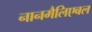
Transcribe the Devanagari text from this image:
नानमैलिएबल